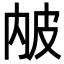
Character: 𤿏